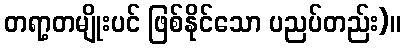
တရာ့တမျိုးပင် ဖြစ်နိုင်သော ပညပ်တည်း)။